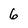
Character: 6